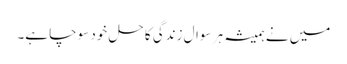
میں نے ہمیشہ ہر سوالِ زندگی کا حل خود سوچا ہے۔